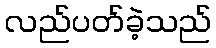
လည်ပတ်ခဲ့သည်